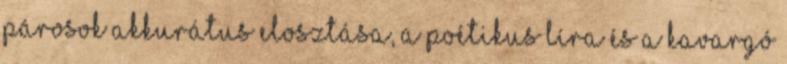
párosok akkurátus elosztása, a poétikus líra és a kavargó